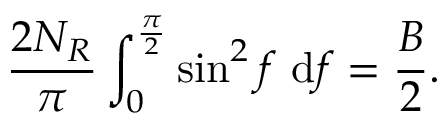
\frac { 2 N _ { R } } { \pi } \int _ { 0 } ^ { \frac { \pi } { 2 } } \sin ^ { 2 } f ~ \mathrm { d } f = \frac { B } { 2 } .